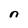
Character: n